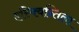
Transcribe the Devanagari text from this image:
एस्क्विन्तिला